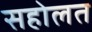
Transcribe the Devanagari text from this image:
सहोलत